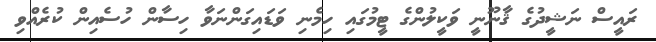
ރައީސް ނަޝީދުގެ ޤާނޫނީ ވަކީލުންގެ ޓީމުގައި ހިމެނި ވަޑައިގަންނަވާ ހިސާން ހުސެއިން ކުރެއްވި